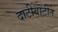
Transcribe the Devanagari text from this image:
दाटीवाटीत